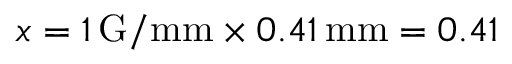
x = 1 \, \mathrm { G / m m } \times 0 . 4 1 \, \mathrm { m m } = 0 . 4 1